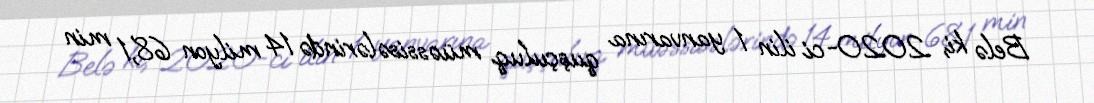
Belə ki, 2020-ci ilin 1 yanvarına quşçuluq müəssisələrində 14 milyon 68,1 min